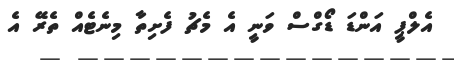
އެލްޕީ އަންޑަ ޑޯގްސް ވަނީ އެ މެޗު ފެށިތާ މިނެޓެއް ތެރޭ އެ